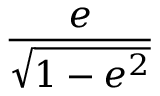
\frac { e } { \sqrt { 1 - e ^ { 2 } } }